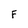
Character: F